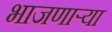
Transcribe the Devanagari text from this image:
भाजणाऱ्या